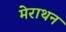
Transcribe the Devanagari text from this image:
मेराथन